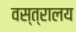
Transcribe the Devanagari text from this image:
वस्त्रालय